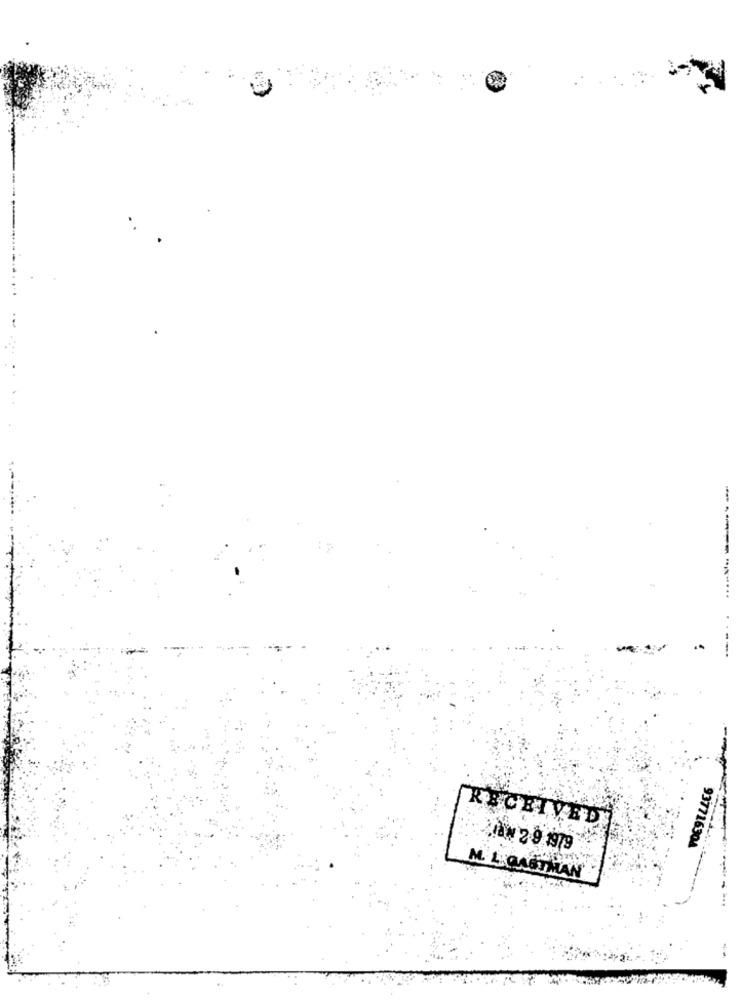
--------....
--
--
RECEIVED
937716304
La# 2-9 1979
M. LEMAGTMAN